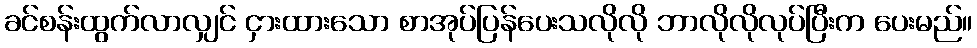
ခင်စန်းထွက်လာလျှင် ငှားထားသော စာအုပ်ပြန်ပေးသလိုလို ဘာလိုလိုလုပ်ပြီးက ပေးမည်။